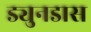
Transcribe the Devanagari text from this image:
ड्युनडास